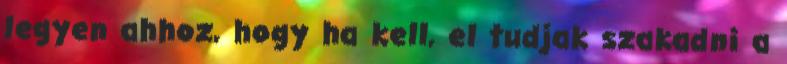
legyen ahhoz, hogy ha kell, el tudjak szakadni a